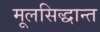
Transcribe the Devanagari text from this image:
मूलसिद्धान्त